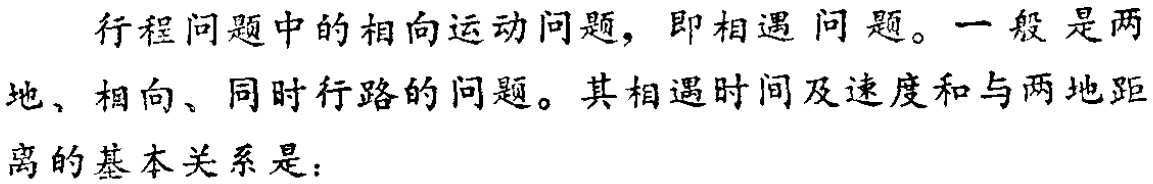
行程问题中的相向运动问题，即相遇问题。一般是两地、相向、同时行路的问题。其相遇时间及速度和与两地距离的基本关系是：